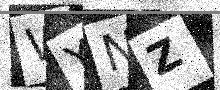
Text: WYNZ